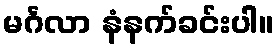
မင်္ဂလာ နံနက်ခင်းပါ။